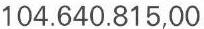
104.640.815,00